Lunatic asylums United Provinces 1899-1908 - 1899-1908
Year: 1899
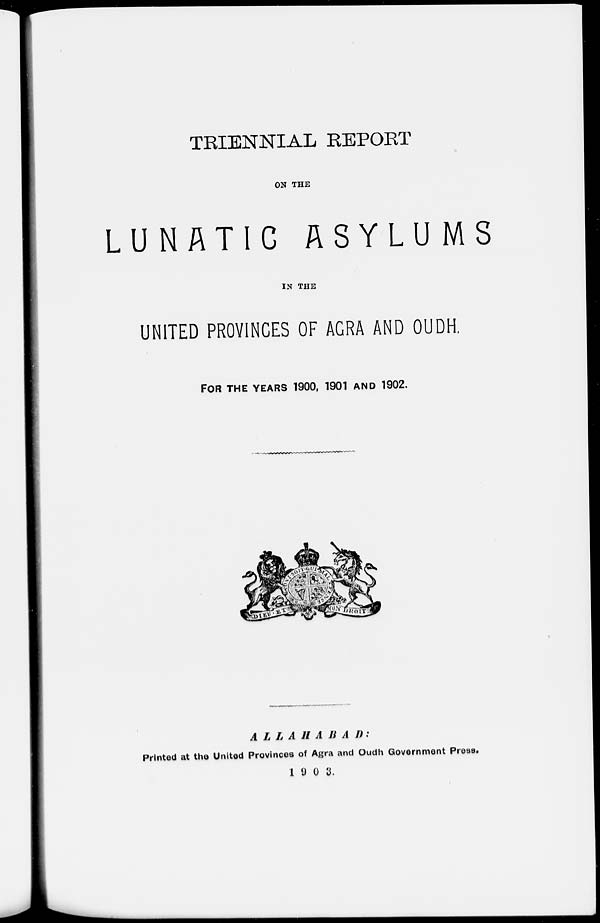
TRIENNIAL REPORT
ON THE
LUNATIC
ASYLUMS
IN THE
UNITED PROVINCES OF AGRA AND OUDH,
FOR THE YEARS 1900, 1901 AND 1902.
ALLAHABAD:
Printed at the United Provinces of Agra and Oudh Government Press.
1903.